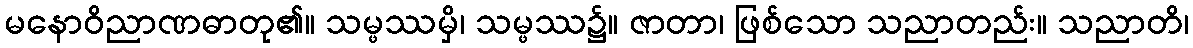
မနောဝိညာဏဓာတု၏။ သမ္ဖဿမှိ၊ သမ္ဖဿ၌။ ဇာတာ၊ ဖြစ်သော သညာတည်း။ သညာတိ၊